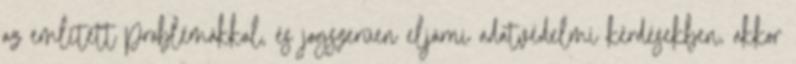
az említett problémákkal, és jogszerűen eljárni adatvédelmi kérdésekben, akkor